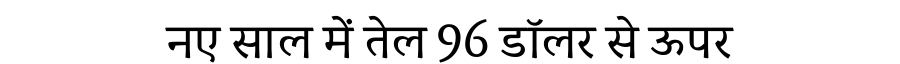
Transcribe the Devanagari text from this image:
नए साल में तेल 96 डॉलर से ऊपर